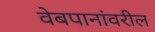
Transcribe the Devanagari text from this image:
वेबपानांवरील